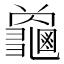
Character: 𮯜